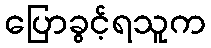
ပြောခွင့်ရသူက